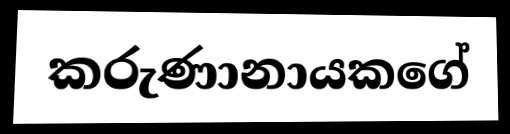
කරුණානායකගේ